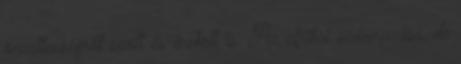
önzetlenségről szólt és énekelt is. Az afrikai származású, de